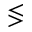
\lessgtr